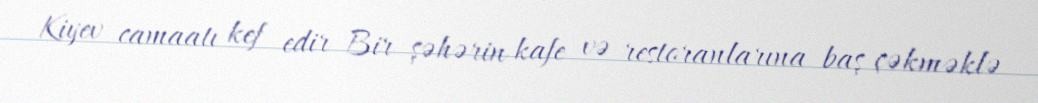
Kiyev camaatı kef edir Bir şəhərin kafe və restoranlarına baş çəkməklə